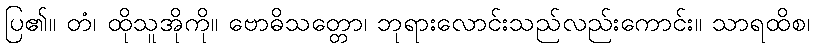
ပြ၏။ တံ၊ ထိုသူအိုကို။ ဗောဓိသတ္တော၊ ဘုရားလောင်းသည်လည်းကောင်း။ သာရထိစ၊